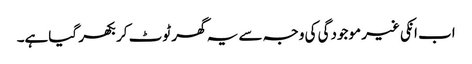
اب انکی غیر موجودگی کی وجہ سے یہ گھر ٹوٹ کر بکھر گیاہے۔